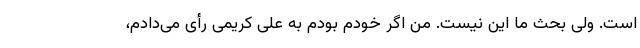
است. ولی بحث ما این نیست. من اگر خودم بودم به علی کریمی رأی می‌دادم،